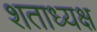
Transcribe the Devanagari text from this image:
शताध्यक्ष